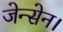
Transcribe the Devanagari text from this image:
जेन्सेन।